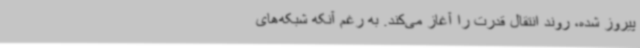
پیروز شده، روند انتقال قدرت را آغاز می‌کند. ‌به رغم آنکه شبکه‌های